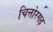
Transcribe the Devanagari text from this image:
चित्तोरगढ़